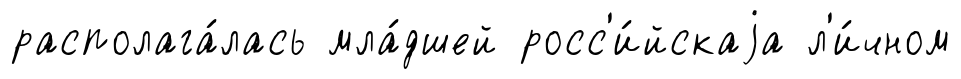
располага́лась мла́дшей росс'и́йскаjа л'и́чном